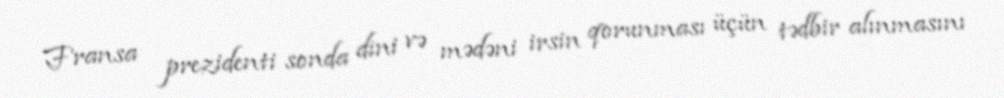
Fransa prezidenti sonda dini və mədəni irsin qorunması üçün tədbir alınmasını